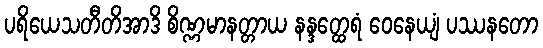
ပရိယေသတီတိအာဒိ စိဏ္ဏမာနတ္တာယ နန္ဒတ္ထေရံ ဝေနေယျံ ပဿနတော